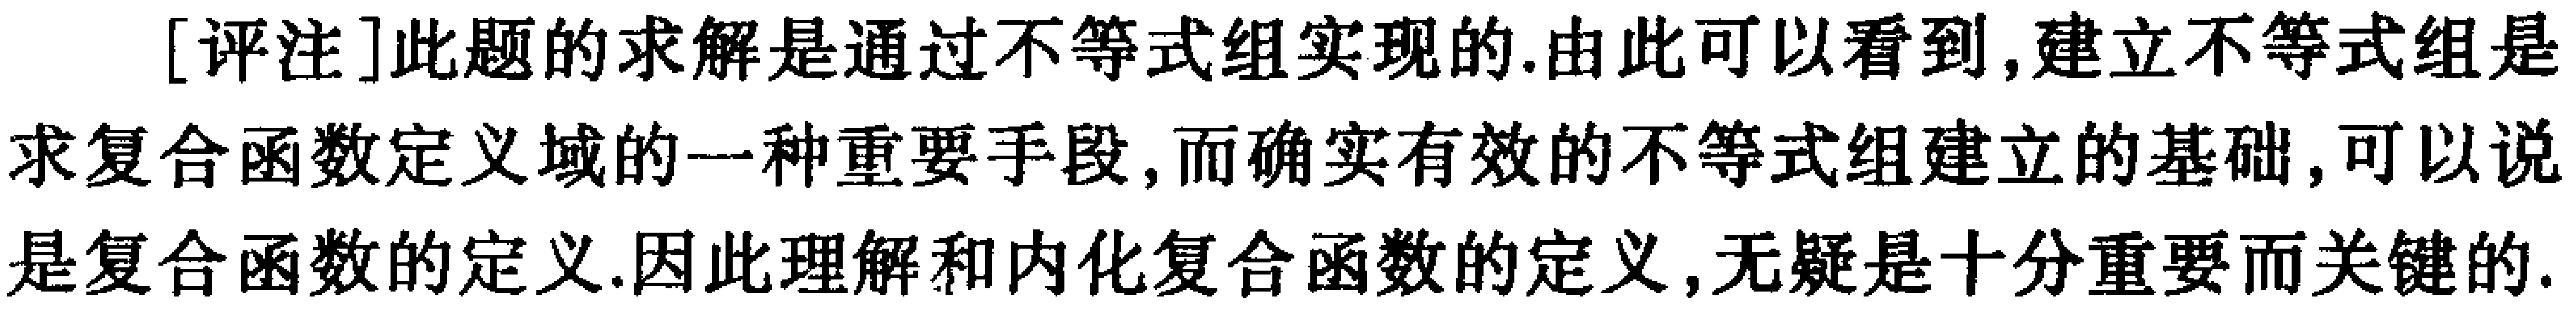
[评注]此题的求解是通过不等式组实现的.由此可以看到,建立不等式组是求复合函数定义域的一种重要手段,而确实有效的不等式组建立的基础,可以说是复合函数的定义.因此理解和内化复合函数的定义,无疑是十分重要而关键的.